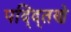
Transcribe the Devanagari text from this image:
पद्द्तिणे